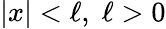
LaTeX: |x|<\ell,\; \ell>0